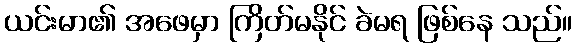
ယင်းမာ၏ အဖေမှာ ကြိတ်မနိုင် ခဲမရ ဖြစ်နေ သည်။